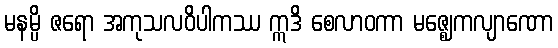
မနမ္ပိ ဇရော အကုသလဝိပါကဿ ဣဒိ စေလာဝကာ မဇ္ဈေကလျာဏော